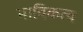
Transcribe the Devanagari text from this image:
भाविकत्व